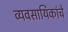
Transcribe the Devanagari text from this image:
व्यवसायिकांचे